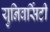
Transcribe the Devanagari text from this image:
युनिवर्सिटी